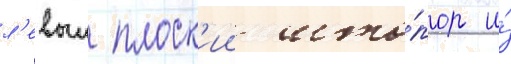
л'евыи плоск'ии што́пор и́